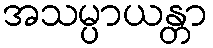
အသမ္ပာယန္တာ